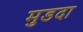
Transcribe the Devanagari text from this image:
मुडदा